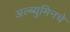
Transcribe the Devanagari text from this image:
अल्ब्युमिनचे